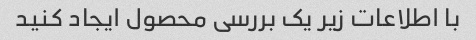
با اطلاعات زیر یک بررسی محصول ایجاد کنید